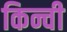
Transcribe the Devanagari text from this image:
किन्ची